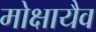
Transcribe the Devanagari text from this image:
मोक्षायैव